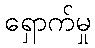
ရှောက်မှု